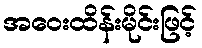
အဝေးထိန်းမိုင်းဖြင့်